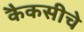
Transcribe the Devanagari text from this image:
कैकसीचे